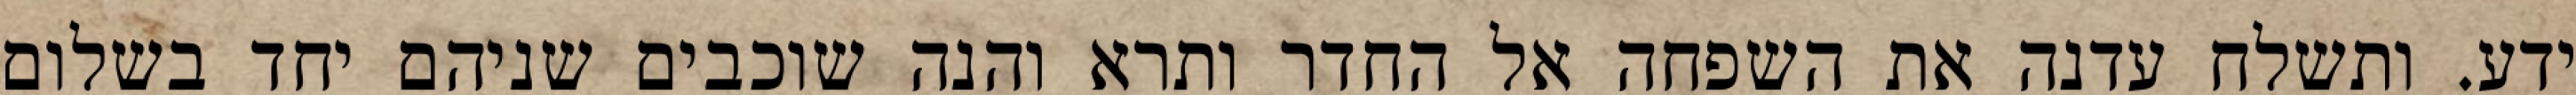
ידע. ותשלח עדנה את השפחה אל החדר ותרא והנה שוכבים שניהם יחד בשלום